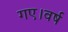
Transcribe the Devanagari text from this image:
गए।वर्ष